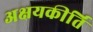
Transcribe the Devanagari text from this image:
अक्षयकीर्ति